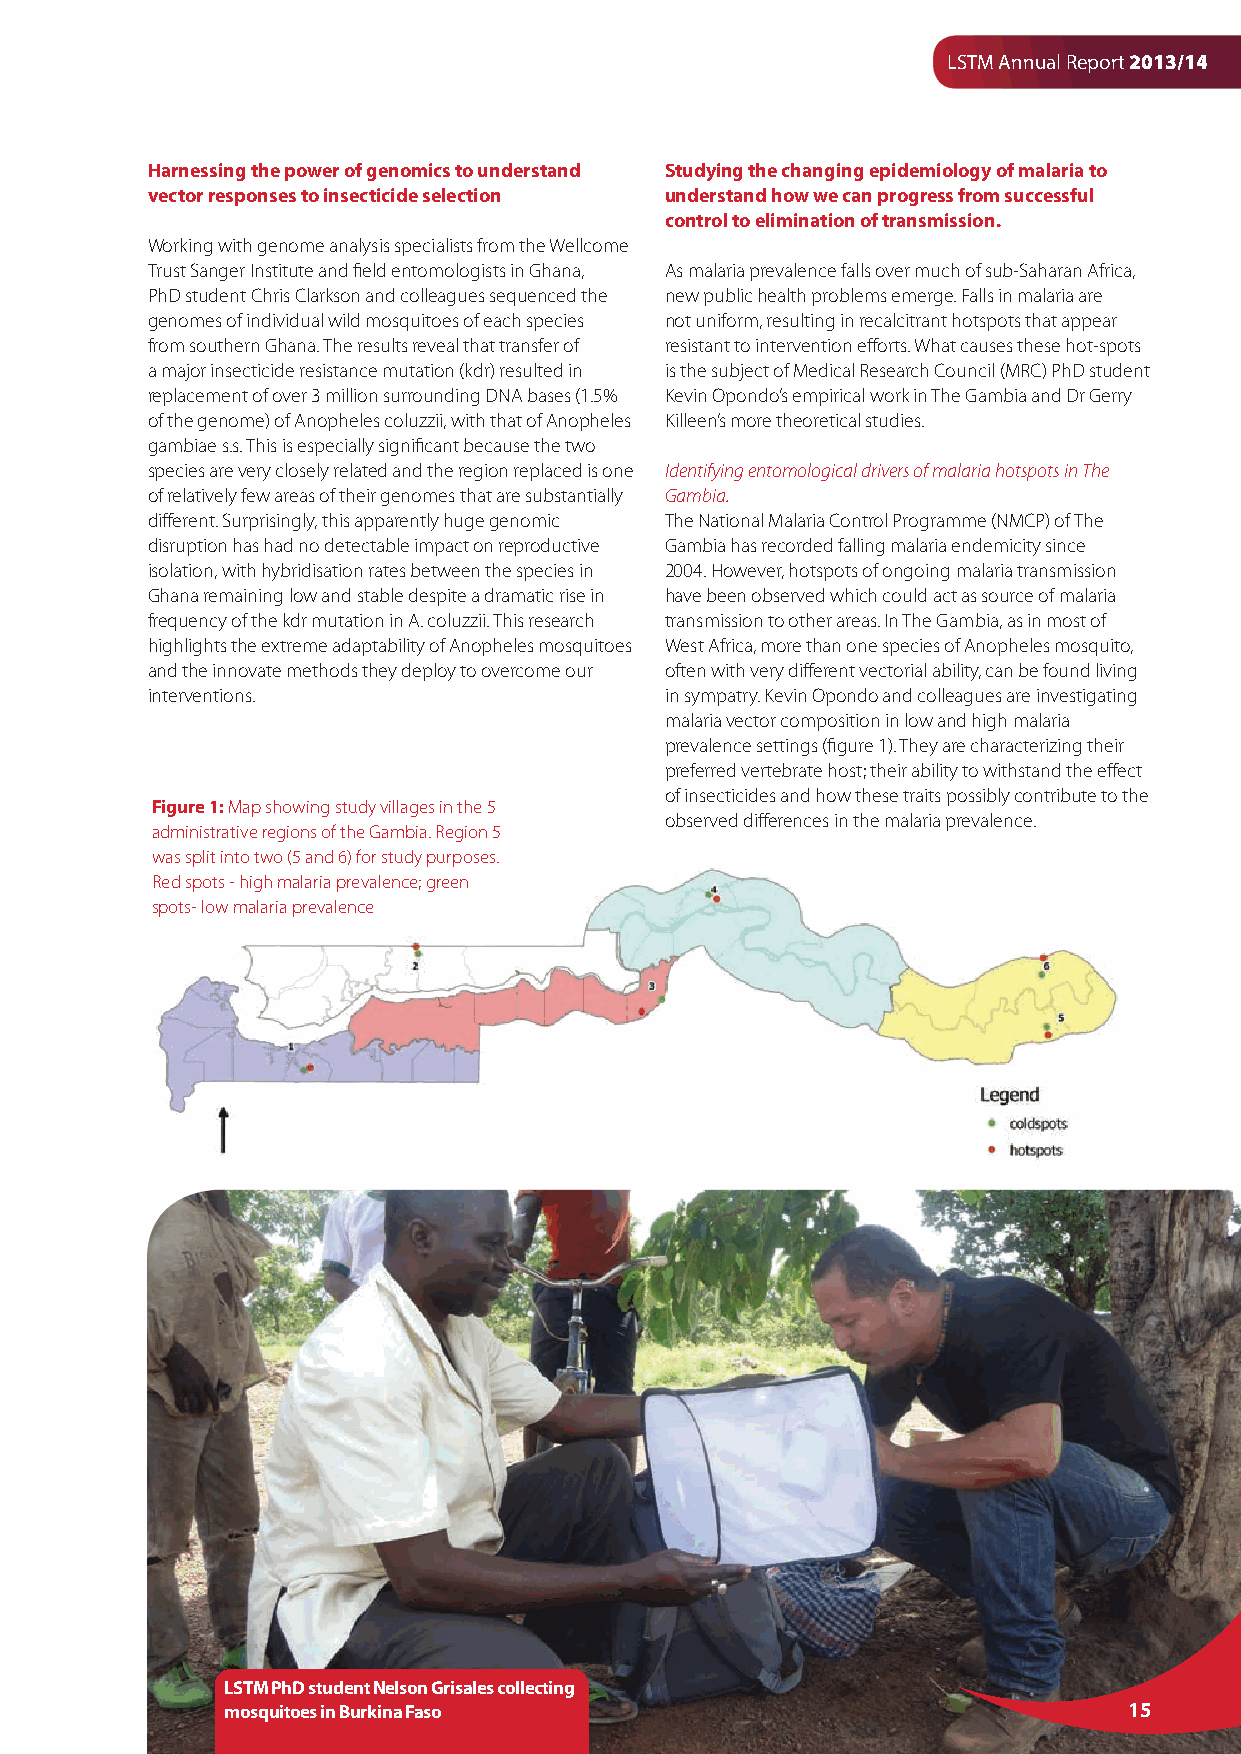
LSTM Annual Report 2013/14
 Harnessing the power of genomics to understand Studying the changing epidemiology of malaria to
 vector responses to insecticide selection understand how we can progress from successful
 control to elimination of transmission.
 Working with genome analysis specialists from the Wellcome
 Trust Sanger Institute and field entomologists in Ghana, As malaria prevalence falls over much of sub-Saharan Africa,
 PhD student Chris Clarkson and colleagues sequenced the new public health problems emerge. Falls in malaria are
 genomes of individual wild mosquitoes of each species not uniform, resulting in recalcitrant hotspots that appear
 from southern Ghana. The results reveal that transfer of resistant to intervention efforts. What causes these hot-spots
 a major insecticide resistance mutation (kdr) resulted in is the subject of Medical Research Council (MRC) PhD student
 replacement of over 3 million surrounding DNA bases (1.5% Kevin Opondo’s empirical work in The Gambia and Dr Gerry
 of the genome) of Anopheles coluzzii, with that of Anopheles Killeen’s more theoretical studies.
 gambiae s.s. This is especially significant because the two
 species are very closely related and the region replaced is one Identifying entomological drivers of malaria hotspots in The
 of relatively few areas of their genomes that are substantially Gambia.
 different. Surprisingly, this apparently huge genomic The National Malaria Control Programme (NMCP) of The
 disruption has had no detectable impact on reproductive Gambia has recorded falling malaria endemicity since
 isolation, with hybridisation rates between the species in 2004. However, hotspots of ongoing malaria transmission
 Ghana remaining low and stable despite a dramatic rise in have been observed which could act as source of malaria
 frequency of the kdr mutation in A. coluzzii. This research transmission to other areas. In The Gambia, as in most of
 highlights the extreme adaptability of Anopheles mosquitoes West Africa, more than one species of Anopheles mosquito,
 and the innovate methods they deploy to overcome our often with very different vectorial ability, can be found living
 interventions.                    in sympatry. Kevin Opondo and colleagues are investigating
 malaria vector composition in low and high malaria
 prevalence settings (figure 1). They are characterizing their
 preferred vertebrate host; their ability to withstand the effect
 of insecticides and how these traits possibly contribute to the
 Figure 1: Map showing study villages in the 5
 observed differences in the malaria prevalence.
 administrative regions of the Gambia. Region 5
 was split into two (5 and 6) for study purposes.
 Red spots - high malaria prevalence; green
 spots- low malaria prevalence
 LSTM PhD student Nelson Grisales collecting
 mosquitoes in Burkina Faso                                  15